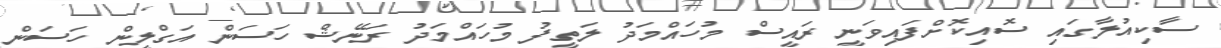
ސާކިއުލާގައި ސޮއިކޮށްފައިވަނީ ރައީސް މުހައްމަދު ލަތީފު މުހައްމަދު ރަނޭޝް ހަސަން އަގްލީން ހަސަން